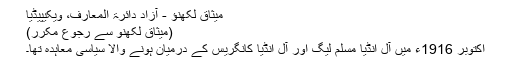
میثاق لکھنؤ - آزاد دائرۃ المعارف، ویکیپیڈیا
(میثاق لکھنو سے رجوع مکرر)
اکتوبر 1916ء میں آل انڈیا مسلم لیگ اور آل انڈیا کانگریس کے درمیان ہونے والا سیاسی معاہدہ تھا۔